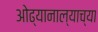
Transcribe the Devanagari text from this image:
ओढ्यानाल्याच्या